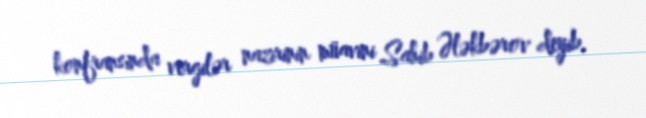
konfransında vergilər nazirinin müavini Sahib Ələkbərov deyib.